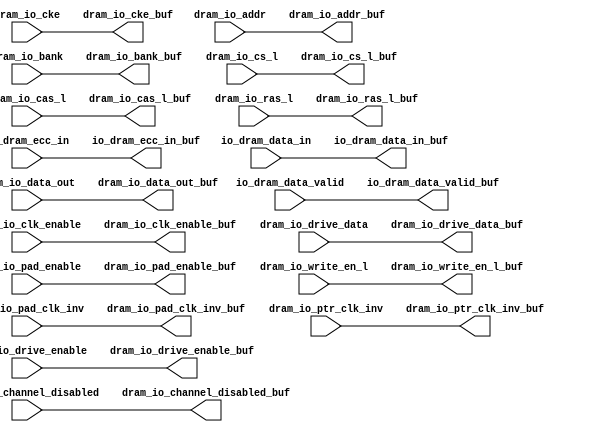
module dram2_ddr2_rptr( /*AUTOARG*/
   // Outputs
   io_dram_data_valid_buf, io_dram_ecc_in_buf, io_dram_data_in_buf, 
   dram_io_cas_l_buf, dram_io_channel_disabled_buf, dram_io_cke_buf, 
   dram_io_clk_enable_buf, dram_io_drive_data_buf, 
   dram_io_drive_enable_buf, dram_io_pad_clk_inv_buf, 
   dram_io_pad_enable_buf, dram_io_ras_l_buf, dram_io_write_en_l_buf, 
   dram_io_addr_buf, dram_io_bank_buf, dram_io_cs_l_buf, 
   dram_io_data_out_buf, dram_io_ptr_clk_inv_buf, 
   // Inputs
   io_dram_data_valid, io_dram_ecc_in, io_dram_data_in, 
   dram_io_cas_l, dram_io_channel_disabled, dram_io_cke, 
   dram_io_clk_enable, dram_io_drive_data, dram_io_drive_enable, 
   dram_io_pad_clk_inv, dram_io_pad_enable, dram_io_ras_l, 
   dram_io_write_en_l, dram_io_addr, dram_io_bank, dram_io_cs_l, 
   dram_io_data_out, dram_io_ptr_clk_inv
   );

/*OUTPUTS*/
output 		io_dram_data_valid_buf;
output [31:0]	io_dram_ecc_in_buf;
output [255:0]	io_dram_data_in_buf;

output		dram_io_cas_l_buf;
output		dram_io_channel_disabled_buf;
output		dram_io_cke_buf;
output		dram_io_clk_enable_buf;
output		dram_io_drive_data_buf;
output		dram_io_drive_enable_buf;
output		dram_io_pad_clk_inv_buf;
output		dram_io_pad_enable_buf;
output		dram_io_ras_l_buf;
output		dram_io_write_en_l_buf;
output [14:0]	dram_io_addr_buf;
output [2:0]	dram_io_bank_buf;
output [3:0]	dram_io_cs_l_buf;
output [287:0]	dram_io_data_out_buf;
output [4:0]	dram_io_ptr_clk_inv_buf;

/*INPUTS*/
input 		io_dram_data_valid;
input [31:0]	io_dram_ecc_in;
input [255:0]	io_dram_data_in;

input          dram_io_cas_l;
input          dram_io_channel_disabled;
input          dram_io_cke;
input          dram_io_clk_enable;
input          dram_io_drive_data;   
input          dram_io_drive_enable;   
input          dram_io_pad_clk_inv;     
input          dram_io_pad_enable;    
input          dram_io_ras_l;
input          dram_io_write_en_l;
input [14:0]   dram_io_addr;
input [2:0]    dram_io_bank;
input [3:0]    dram_io_cs_l;
input [287:0]  dram_io_data_out;
input [4:0]    dram_io_ptr_clk_inv;


/************************* CODE *********************************/

assign io_dram_data_in_buf                   = io_dram_data_in[255:0]; 
assign io_dram_data_valid_buf                = io_dram_data_valid;   
assign io_dram_ecc_in_buf                    = io_dram_ecc_in[31:0]; 

assign dram_io_addr_buf                      = dram_io_addr[14:0];   
assign dram_io_bank_buf                      = dram_io_bank[2:0];    
assign dram_io_cas_l_buf                     = dram_io_cas_l;       
assign dram_io_channel_disabled_buf          = dram_io_channel_disabled; 
assign dram_io_cke_buf                       = dram_io_cke;          
assign dram_io_clk_enable_buf                = dram_io_clk_enable;   
assign dram_io_cs_l_buf                      = dram_io_cs_l[3:0];    
assign dram_io_data_out_buf                  = dram_io_data_out[287:0]; 
assign dram_io_drive_data_buf                = dram_io_drive_data;   
assign dram_io_drive_enable_buf              = dram_io_drive_enable; 
assign dram_io_pad_clk_inv_buf               = dram_io_pad_clk_inv;  
assign dram_io_pad_enable_buf                = dram_io_pad_enable;   
assign dram_io_ptr_clk_inv_buf               = dram_io_ptr_clk_inv[4:0]; 
assign dram_io_ras_l_buf                     = dram_io_ras_l;        
assign dram_io_write_en_l_buf                = dram_io_write_en_l;   

endmodule